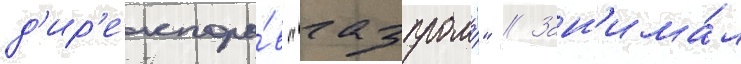
д'ир'екторо́в "газпрома" // Зан'има́л